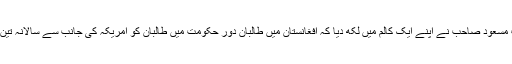
دو تین سال پہلے قبلہ وجاہت مسعود صاحب نے اپنے ایک کالم میں لکھ دیا کہ افغانستان میں طالبان دور حکومت میں طالبان کو امریکہ کی جانب سے سالانہ تین سو ملین ڈالر امداد ملتی تھی۔